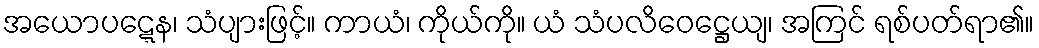
အယောပဋ္ဋေန၊ သံပျားဖြင့်။ ကာယံ၊ ကိုယ်ကို။ ယံ သံပလိဝေဋ္ဌေယျ၊ အကြင် ရစ်ပတ်ရာ၏။